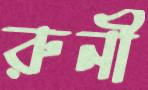
রুনী